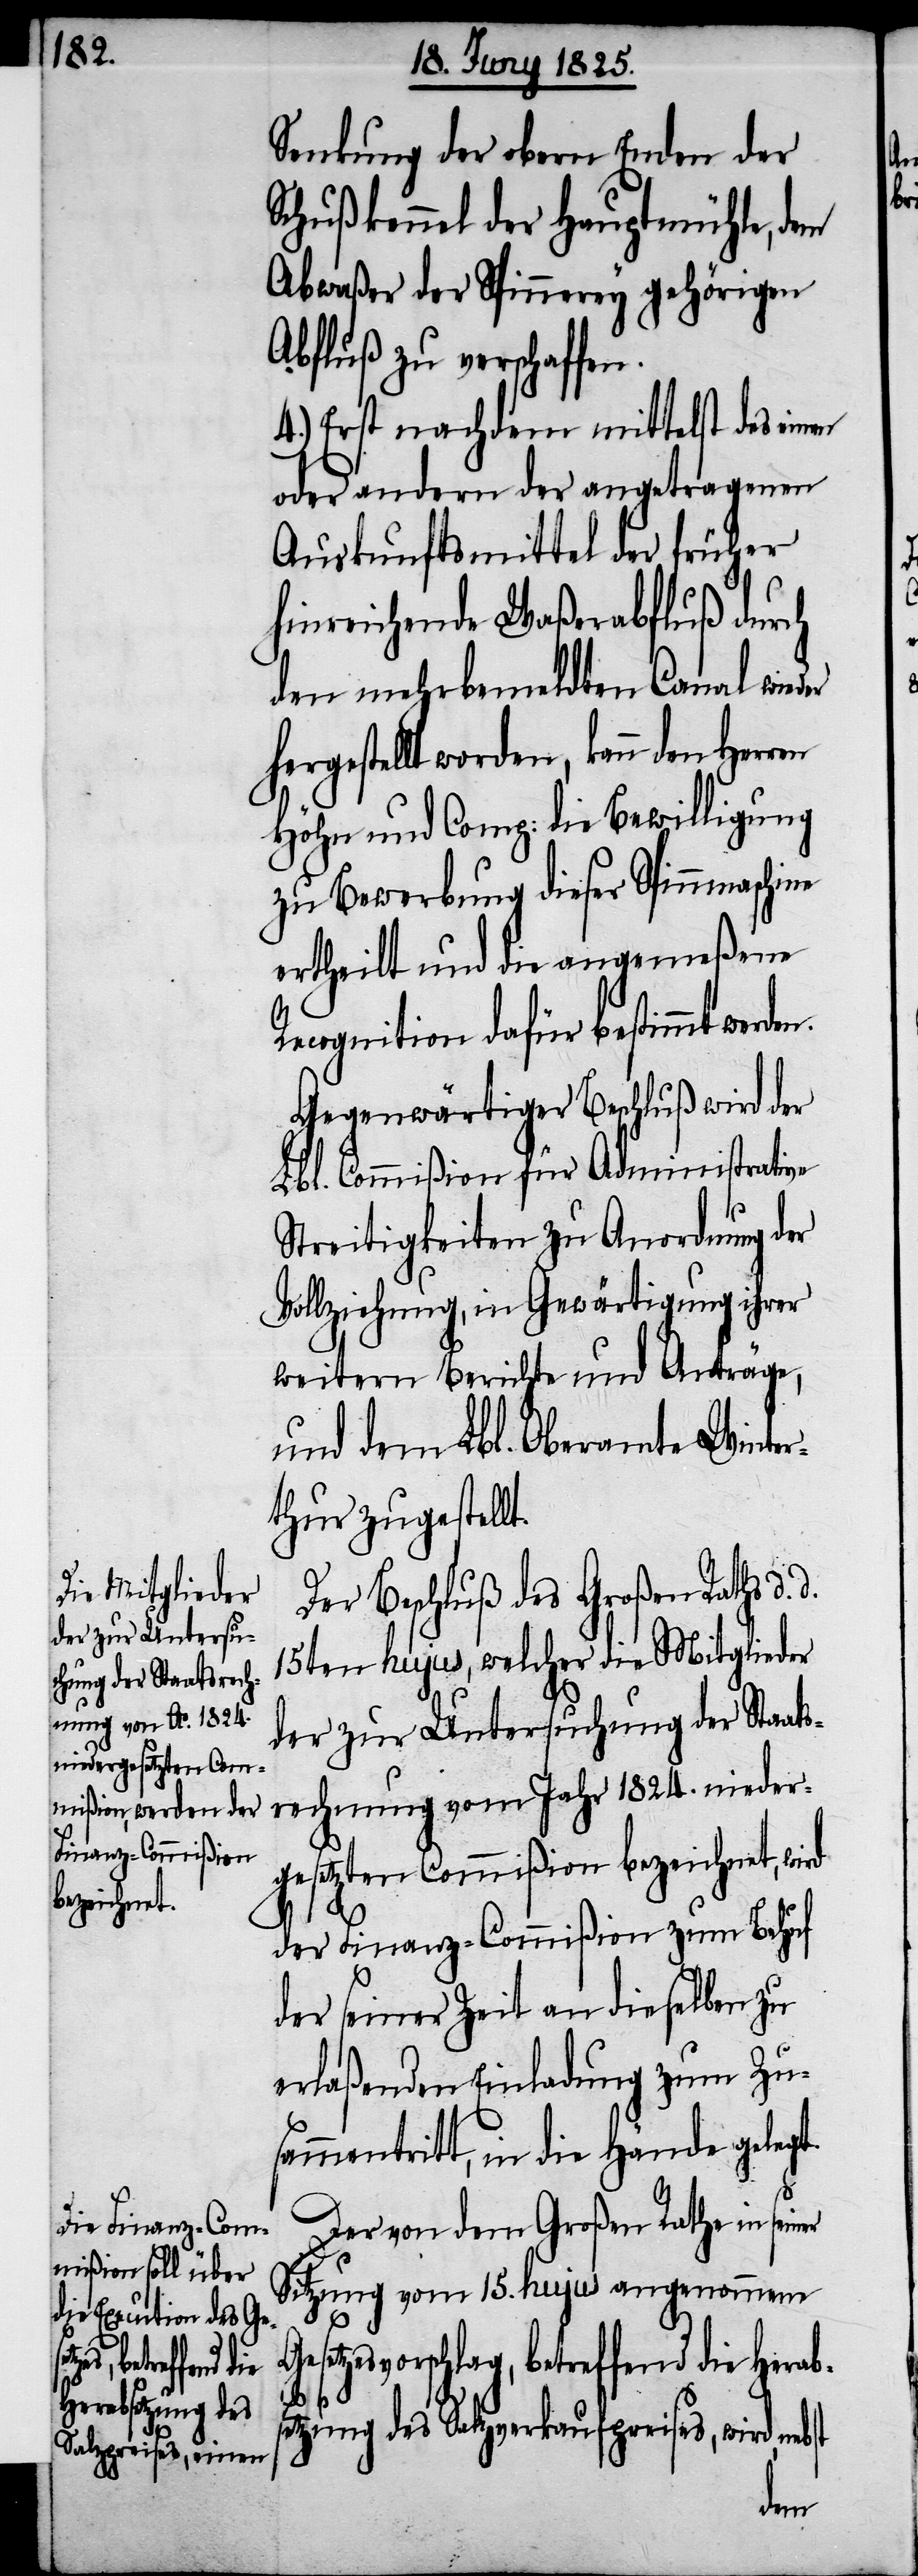
Senkung der obern Enden der
Schußkennel der Hauptmühle, dem
Abwaßer der Spinnerey gehörigen
Abfluß zu verschaffen.
4.) Erst nachdem mittelst des ei¬
oder andern der angetragenen
Auskunftsmittel der früher
hinreichende Waßerabfluß durch
den mehrbemeldten Canal wieder
hergestellt worden, kann den Herren
Höhn und Comp: die Bewilligung
zu Bewerbung dieser Spinnmaschine
ertheilt und die angemeßene
Recognition dafür bestimmt werden.
Gegenwärtiger Beschluß wird der
Lbl. Commißion für Administrative
Streitigkeiten zu Anordnung der
Vollziehung, in Gewärtigung ihrer
weitern Berichte und Anträge,
und dem Lbl. Oberamte Winter¬
thur zugestellt.
Der Beschluß des Großen Raths d.
15ten hujus, welcher die Mitglieder
der zur Untersuchung der Staats¬
rechnung vom Jahr 1824. nieder¬
gesetzten Commißion bezeichnet, wird
der Finanz-Commißion zum Behuf
der seiner Zeit an dieselbe zu
erlaßende Einladung zum Zusa¬
mmentritt, in die Hände geleg¬
st
Der von dem Großen Rathe in sein¬
Sitzung vom 15. hujus angenommene
setzesvorschlag, betreffend die Herab¬
etzung des Salzverkaufspreises, wird, neb¬
Ge¬